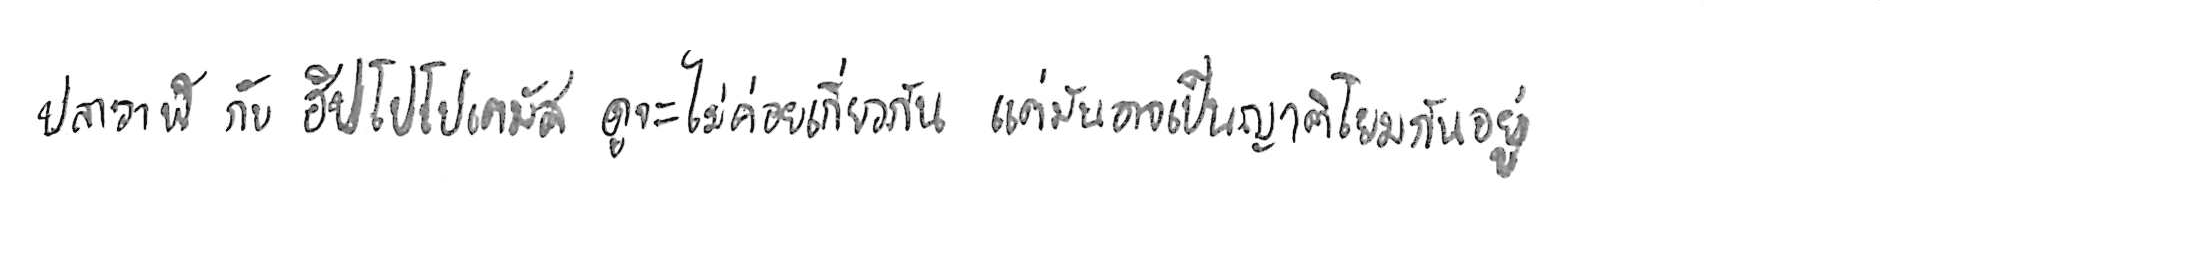
ปลาวาฬ กับ ฮิปโปโปเตมัส ดูจะไม่ค่อยเกี่ยวกัน แต่มันอาจเป็นญาติโยมกันอยู่